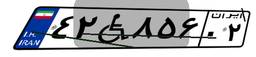
۱۶W۷۵۴۰۰